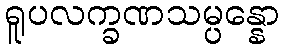
ရူပလက္ခဏသမ္ပန္နော